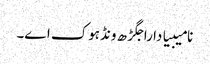
نامیبیا دا راجگڑھ ونڈہوک اے۔